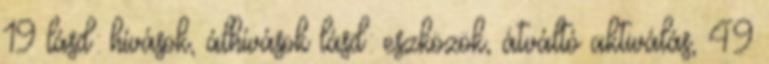
19 lásd: hívások, álhívások lásd: eszközök, átváltó aktiválás, 49